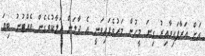
އަށް އަރާފައިވާއިރު ގިނަ މީހުން މަރުވެފައިވަނީ އެ ދާލަން ހަލާކުވެގެން ވެއްޓުނު ބިޔަ